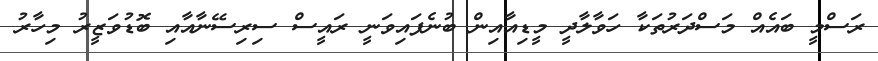
ރަސްމީ ބައެއް މަސްދަރުތަކާ ހަވާލާދީ މީޑިއާއިން ބުނެފައިވަނީ ރައީސް ސިރިސޭނާއާއި ބޮޑުވަޒީރު މިހާރު